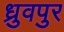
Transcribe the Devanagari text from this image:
ध्रुवपुर